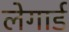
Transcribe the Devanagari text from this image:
लेगार्ड